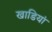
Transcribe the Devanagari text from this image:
खाडियां